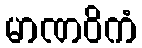
မာဏဝိကံ